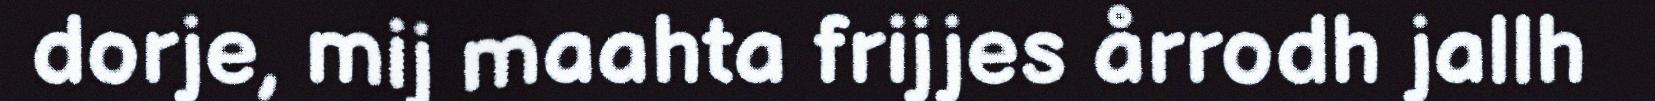
dorje, mij maahta frijjes årrodh jallh